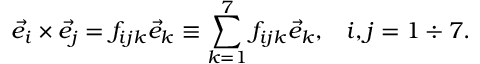
\vec { e } _ { i } \times \vec { e } _ { j } = f _ { i j k } \vec { e } _ { k } \equiv \sum _ { k = 1 } ^ { 7 } f _ { i j k } \vec { e } _ { k } , \; \; \; i , j = 1 \div 7 .